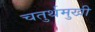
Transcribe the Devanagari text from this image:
चतुर्थमुखी